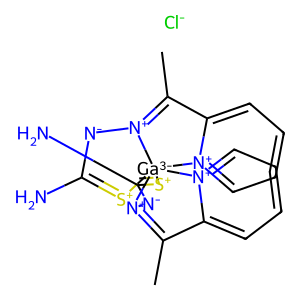
SMILES: CC1=[N+]2[N-]C(N)=[S+][Ga-3]234([S+]=C(N)[N-][N+]3=C(C)c2cccc[n+]24)[n+]2ccccc21.[Cl-]
Inhibits HIV replication: No